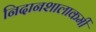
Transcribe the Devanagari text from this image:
निदानशालाकर्मी